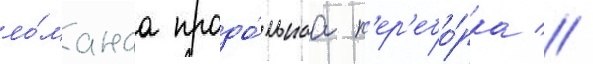
ло́манаа продо́льнаа п'ер'ебо́рка //